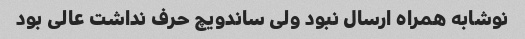
نوشابه همراه ارسال نبود ولی ساندویچ حرف نداشت عالی بود